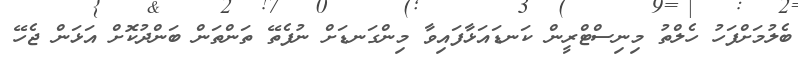
ބެލުމަށްފަހު ހެލްތު މިނިސްޓްރީން ކަނޑައަޅާފައިވާ މިންގަނޑަށް ނުފެތޭ ތަންތަން ބަންދުކޮށް އަޅަން ޖެހޭ